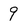
Character: 9